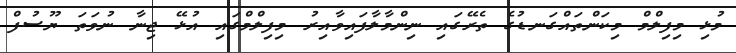
މުޅި މިފިލްމް މިކަންތައްގަނޑުގެ ތެރޭގައި ނިންމާލާފައިވާއިރު މިފިލްމްގައި އުޅޭ ޖިނާ ނުވަތަ ޔޫސުފް